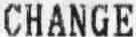
CHANGE